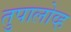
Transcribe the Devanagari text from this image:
तुपालोव्ह